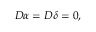
{ \cal D } \alpha = { \cal D } \delta = 0 ,